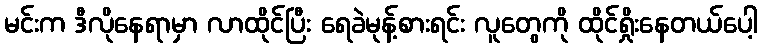
မင်းက ဒီလိုနေရာမှာ လာထိုင်ပြီး ရေခဲမုန့်စားရင်း လူတွေကို ထိုင်ရှိုးနေတယ်ပေါ့